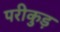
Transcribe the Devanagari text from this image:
परीकुड़